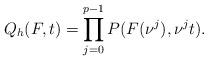
LaTeX: \begin{align*}Q_{h}(F,t)=\prod_{j=0}^{p-1}P(F(\nu^{j}),\nu^{j}t).\end{align*}